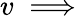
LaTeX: v\implies